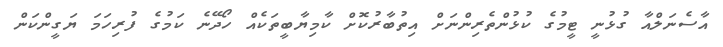
އާސެނަލްއާ ގުޅުނީ ޓީމުގެ ކުޅުންތެރިންނަށް އިތުބާރުކޮށް ކާމިޔާބީތަކެއް ހޯދޭނެ ކަމުގެ ފުރިހަމަ ޔަގީންކަން